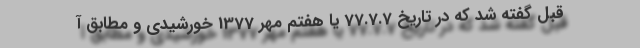
قبل گفته شد که در تاریخ 77.7.7 یا هفتم مهر 1377 خورشیدی و مطابق آ